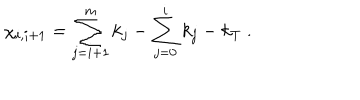
\chi _ { i , i + 1 } = \sum _ { j = i + 1 } ^ { m } k _ { j } - \sum _ { j = 0 } ^ { i } k _ { j } - k _ { T } ~ . ~ \,